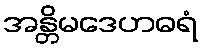
အန္တိမဒေဟဓရံ